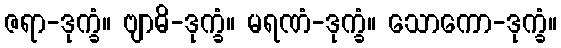
ဇရာ-ဒုက္ခံ။ ဗျာဓိ-ဒုက္ခံ။ မရဏံ-ဒုက္ခံ။ သောကော-ဒုက္ခံ။